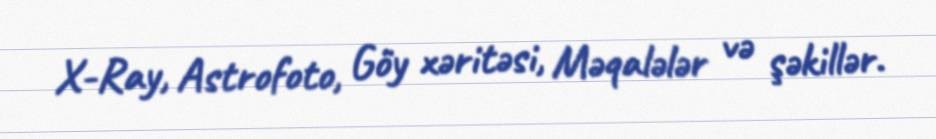
X-Ray, Astrofoto, Göy xəritəsi, Məqalələr və şəkillər.